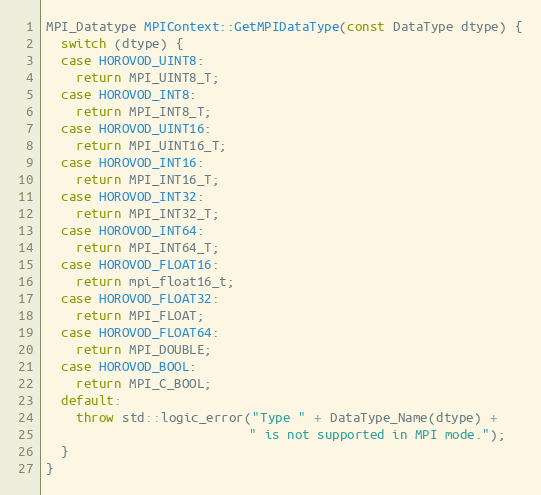
Language: C++
MPI_Datatype MPIContext::GetMPIDataType(const DataType dtype) {
  switch (dtype) {
  case HOROVOD_UINT8:
    return MPI_UINT8_T;
  case HOROVOD_INT8:
    return MPI_INT8_T;
  case HOROVOD_UINT16:
    return MPI_UINT16_T;
  case HOROVOD_INT16:
    return MPI_INT16_T;
  case HOROVOD_INT32:
    return MPI_INT32_T;
  case HOROVOD_INT64:
    return MPI_INT64_T;
  case HOROVOD_FLOAT16:
    return mpi_float16_t;
  case HOROVOD_FLOAT32:
    return MPI_FLOAT;
  case HOROVOD_FLOAT64:
    return MPI_DOUBLE;
  case HOROVOD_BOOL:
    return MPI_C_BOOL;
  default:
    throw std::logic_error("Type " + DataType_Name(dtype) +
                           " is not supported in MPI mode.");
  }
}